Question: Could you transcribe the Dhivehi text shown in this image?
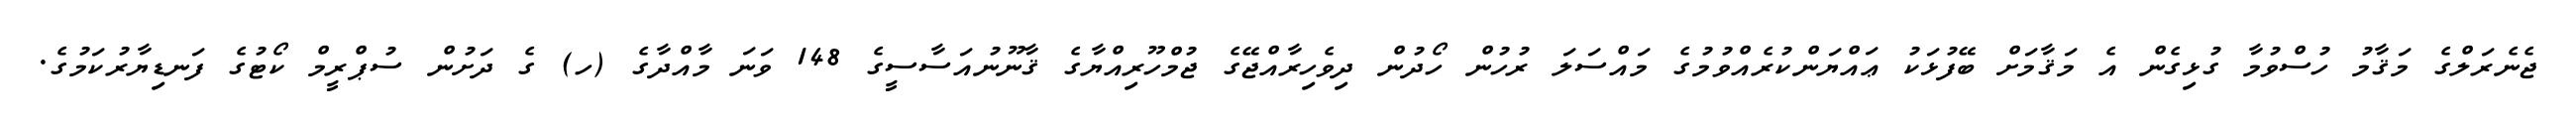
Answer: ޖެނެރަލްގެ މަޤާމު ހުސްވުމާ ގުޅިގެން އެ މަޤާމަށް ބޭފުޅަކު ޢައްޔަންކުރެއްވުމުގެ މައްސަލަ ރުހުން ހޯދުން ދިވެހިރާއްޖޭގެ ޖުމްހޫރިއްޔާގެ ޤާނޫނުއަސާސީގެ 148 ވަނަ މާއްދާގެ (ހ) ގެ ދަށުން ސުޕްރީމް ކޯޓުގެ ފަނޑިޔާރުކަމުގެ.